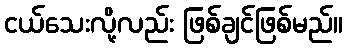
ငယ်သေးလို့လည်း ဖြစ်ချင်ဖြစ်မည်။